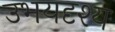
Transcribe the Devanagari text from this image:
उभयदृश्य